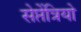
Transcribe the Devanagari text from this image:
सेप्तेंत्रियो